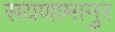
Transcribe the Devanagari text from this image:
सयणामानुर